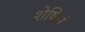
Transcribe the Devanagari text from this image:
शेषितं